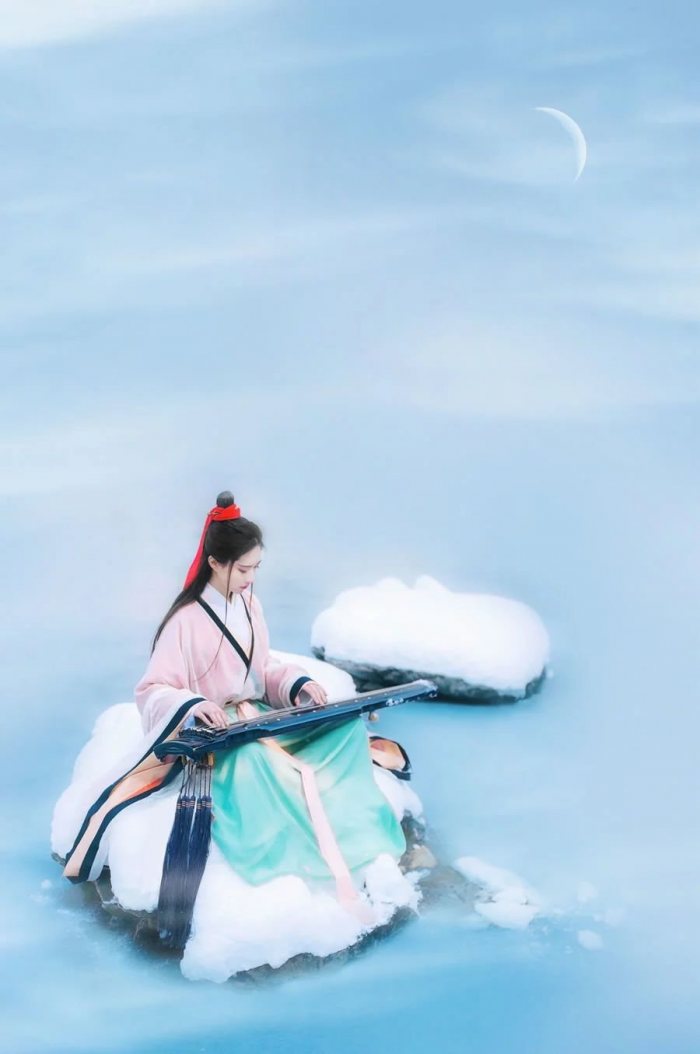
雪里温柔，水边明秀，不借春工力。